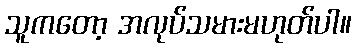
သူကတော့ အလုပ်သမားမဟုတ်ပါ။